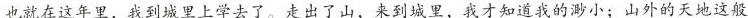
也就在这年里，我到城里上学去了。走出了山，来到城里，我才知道我的渺小；山外的天地这般